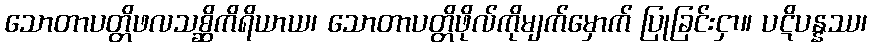
သောတာပတ္တိဖလသစ္ဆိကိရိယာယ၊ သောတာပတ္တိဖိုလ်ကိုမျက်မှောက် ပြုခြင်းငှာ။ ပဋိပန္နဿ၊